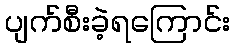
ပျက်စီးခဲ့ရကြောင်း